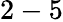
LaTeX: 2-5